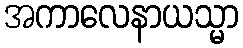
အကာလေနာယသ္မာ